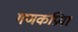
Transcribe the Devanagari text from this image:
गणकप्रिया